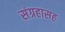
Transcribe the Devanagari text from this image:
संग्रहासह